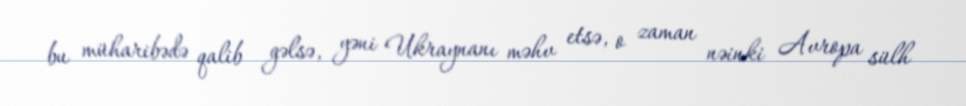
bu müharibədə qalib gəlsə, yəni Ukraynanı məhv etsə, o zaman nəinki Avropa sülh